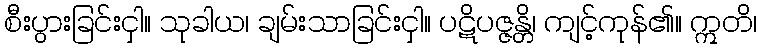
စီးပွားခြင်းငှါ။ သုခါယ၊ ချမ်းသာခြင်းငှါ။ ပဋိပဇ္ဇန္တိ၊ ကျင့်ကုန်၏။ ဣတိ၊